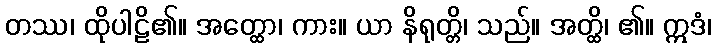
တဿ၊ ထိုပါဠိ၏။ အတ္ထော၊ ကား။ ယာ နိရုတ္တိ၊ သည်။ အတ္ထိ၊ ၏။ ဣဒံ၊